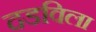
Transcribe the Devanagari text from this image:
दडविला